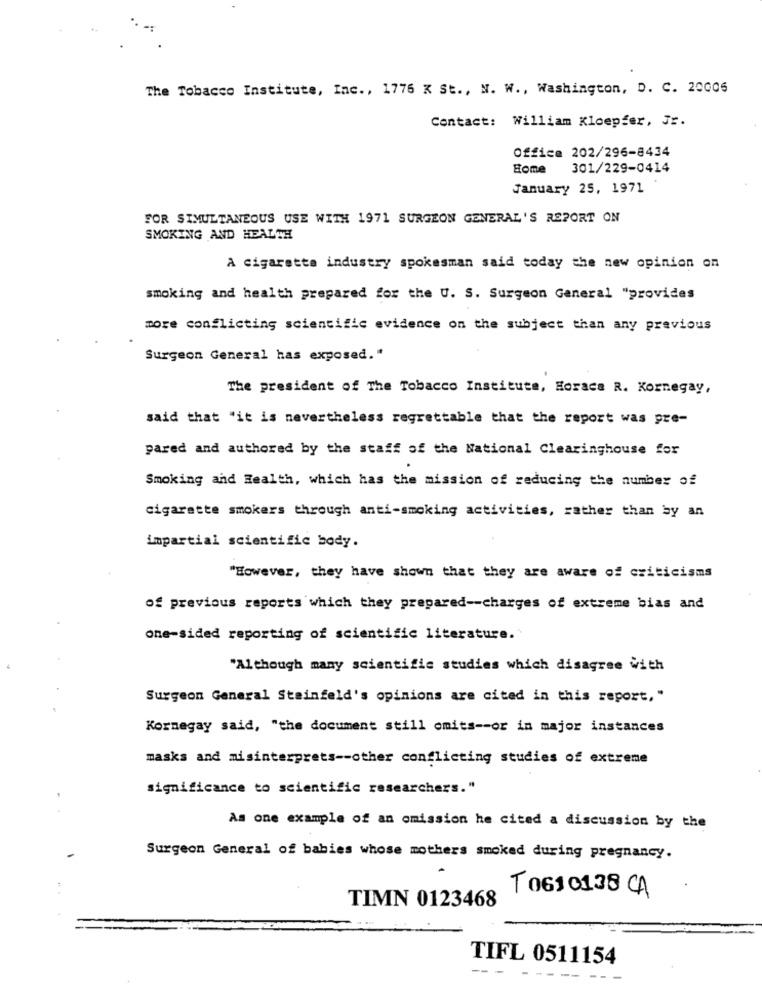
The Tobacco Institute, Inc ., 1776 x St ., N. W ., Washington, D. C. 20006
Contact: William Kloepfer, Jr.
Office 202/296-8434
Home
301/229-0414
January 25, 1971
FOR SIMULTANEOUS USE WITH 1971 SURGEON GENERAL'S REPORT ON
SMOKING AND HEALTH
A cigarette industry spokesman said today the new opinion on
smoking and health prepared for the U. S. Surgeon General "provides
more conflicting scientific evidence on the subject than any previous
Surgeon General has exposed."
The president of The Tobacco Institute, Horace R. Kornegay,
said that "it is nevertheless regrettable that the report was pre-
pared and authored by the staff of the National Clearinghouse for
Smoking and Health, which has the mission of reducing the number of
cigarette smokers through anti-smoking activities, rather than by an
impartial scientific body.
"However, they have shown that they are aware of criticisms
of previous reports which they prepared -- charges of extreme bias and
one-sided reporting of scientific literature.
"Although many scientific studies which disagree with
Surgeon General Steinfeld's opinions are cited in this report, "
Kornegay said, "the document still omits -- or in major instances
masks and misinterprets -- other conflicting studies of extreme
significance to scientific researchers."
As one example of an omission he cited a discussion by the
Surgeon General of babies whose mothers smoked during pregnancy.
T 061 0138 CA
TIMN 0123468
TIFL 0511154
-- -